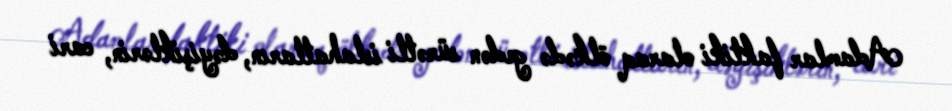
Adamlar faktiki olaraq ölkədə gedən sürətli islahatların, dəyişiklərin, cari